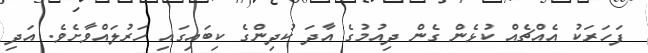
ފަހަރަކު އެއްޗެއް ކުޅެން ގެން ދިއުމުގެ އާދަ ކުދިންގެ ކިބައިގައި ހަރުލައްވާށެވެ. އަދި